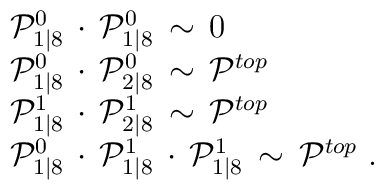
\begin{tabular}{l}${\cal P}^{0}_{1|8}\, \cdot \, {\cal P}^{0}_{1|8} \,\sim \, 0 $\\${\cal P}^{0}_{1|8} \, \cdot \, {\cal P}^{0}_{2|8} \, \sim \,{\cal P}^{top}$\\${\cal P}^{1}_{1|8} \, \cdot \, {\cal P}^{1}_{2|8} \, \sim \,{\cal P}^{top}$\\${\cal P}^{0}_{1|8} \, \cdot \,{\cal P}^{1}_{1|8} \, \cdot \,{\cal P}^{1}_{1|8} \, \sim \, {\cal P}^{top}$\ .\end{tabular}